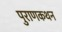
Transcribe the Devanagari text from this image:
पुराणकथन